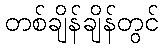
တစ်ချိန်ချိန်တွင်